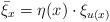
LaTeX: \begin{align*}\bar \xi_x = \eta(x) \cdot \xi_{u(x)}\end{align*}